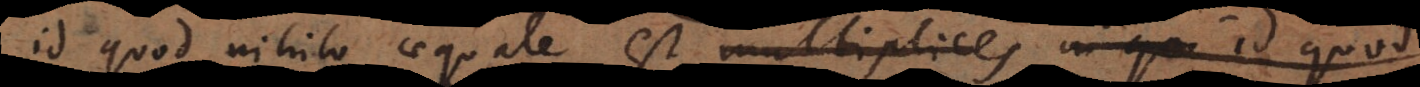
id quod nihilo aequale est multiplices in qu id quod